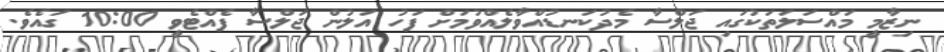
ނިޒާމީ މައްސަލަތަކުގައި ޖަލްސާ މެދުކަނޑުއްވާލެއްވުމަށް ފަހު އަލުން ޖަލްސާ ފެއްޓެވީ 10:00 ގައެވެ.